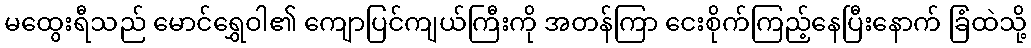
မထွေးရီသည် မောင်ရွှေဝါ၏ ကျောပြင်ကျယ်ကြီးကို အတန်ကြာ ငေးစိုက်ကြည့်နေပြီးနောက် ခြံထဲသို့